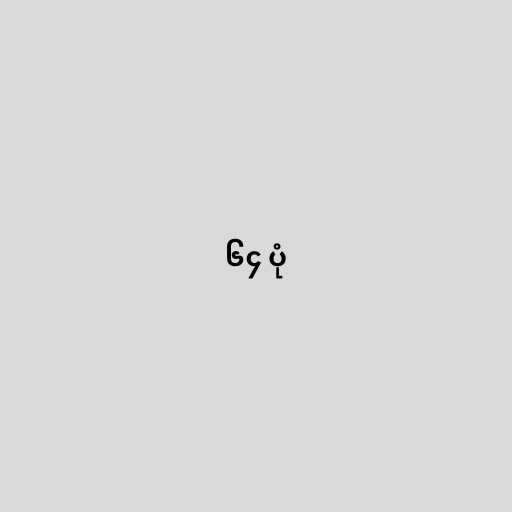
၆၄ ပုံ